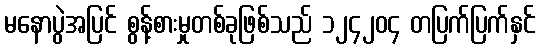
မနောပွဲအပြင် စွန့်စားမှုတစ်ခုဖြစ်သည် ၁၂၄၂၀၄ တပြက်ပြက်နှင်